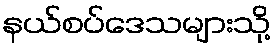
နယ်စပ်ဒေသများသို့